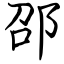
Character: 邵